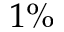
1 \%